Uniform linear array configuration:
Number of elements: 8
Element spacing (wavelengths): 1
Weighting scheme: cosine
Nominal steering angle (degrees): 60
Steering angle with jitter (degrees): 61.059
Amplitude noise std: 0.05
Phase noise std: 0.05

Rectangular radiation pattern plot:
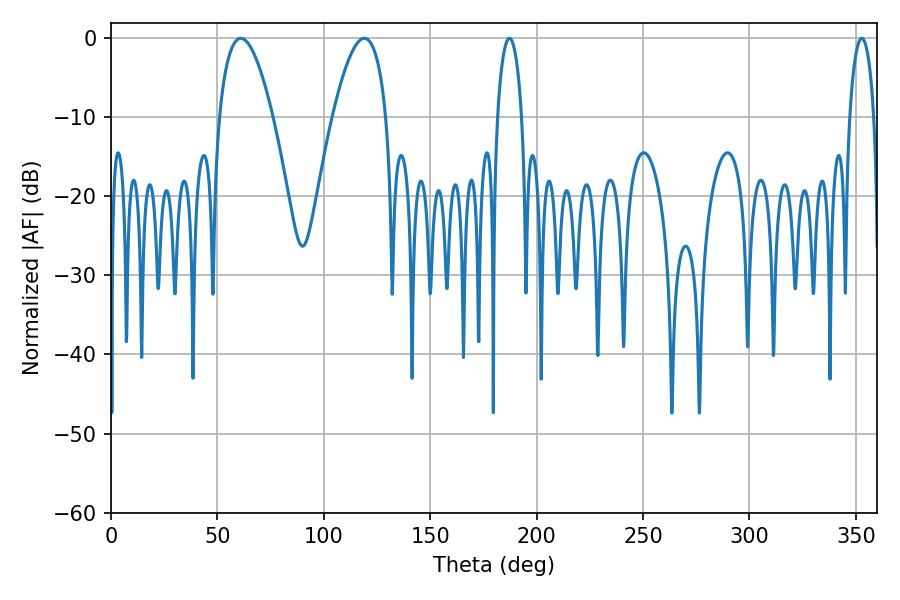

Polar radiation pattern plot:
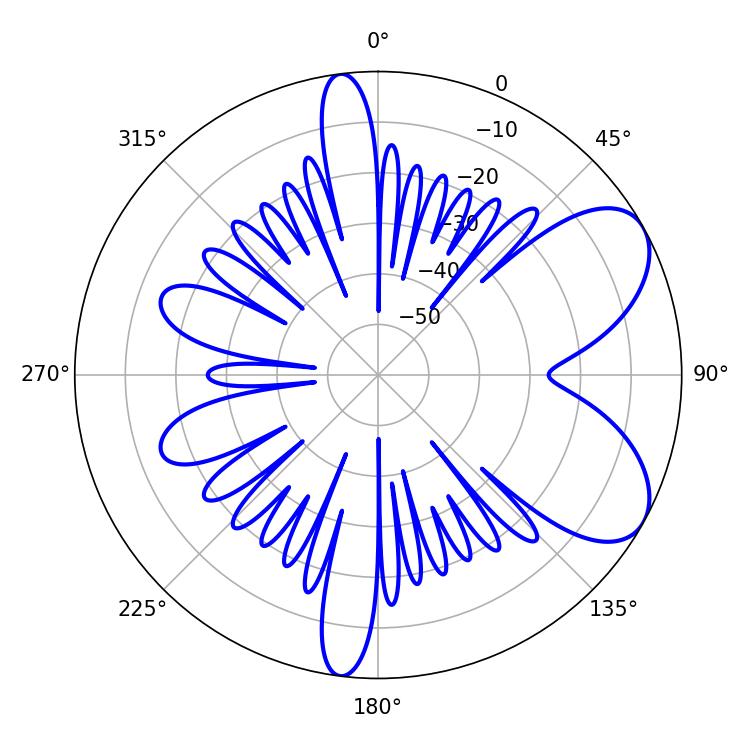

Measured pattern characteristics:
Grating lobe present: TRUE
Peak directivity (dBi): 6.842
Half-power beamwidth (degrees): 6.48
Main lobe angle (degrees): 187.2